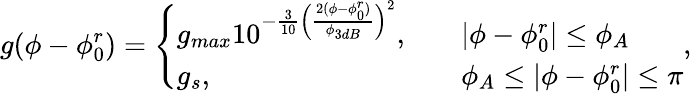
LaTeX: g(\phi-\phi_{0}^{r})=\left\{ \begin{array}{ll}{g_{max}10^{-\frac{3}{10}\Big(\frac{2(\phi-\phi_{0}^{r})}{\phi_{3dB}}\Big)^{2}},}&{\quad|\phi-\phi_{0}^{r}|\leq\phi_{A}}\\ {g_{s},}&{\quad\phi_{A}\leq|\phi-\phi_{0}^{r}|\leq\pi}\end{array}\right.,